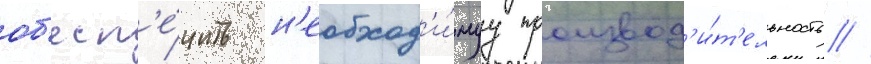
об'есп'е́чить н'еобход'и́муу производ'и́т'ельность //